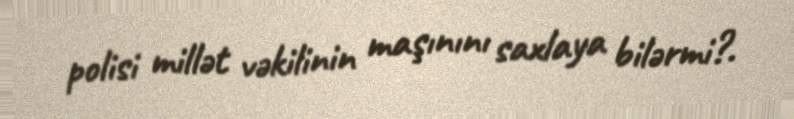
polisi millət vəkilinin maşınını saxlaya bilərmi?.